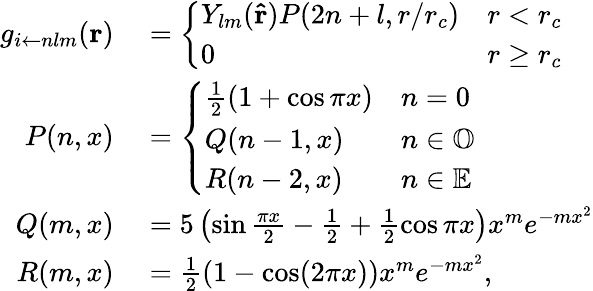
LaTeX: \begin{array}{rl}{g_{i\leftarrow nlm}(\mathbf{r})}&{{}=\left\{ \begin{array}{ll}{Y_{lm}(\mathbf{\hat{r}})P(2n+l,r/r_{c})}&{r<r_{c}}\\ {0}&{r\ge r_{c}}\end{array}\right.}\\ {P(n,x)}&{{}=\left\{ \begin{array}{ll}{\frac{1}{2}(1+\cos\pi x)}&{n=0}\\ {Q(n-1,x)}&{n\in\mathbb{O}}\\ {R(n-2,x)}&{n\in\mathbb{E}}\end{array}\right.}\\ {Q(m,x)}&{{}=5\left(\sin\frac{\pi x}{2}-\frac{1}{2}+\frac{1}{2}\cos\pi x\right)x^{m}e^{-mx^{2}}}\\ {R(m,x)}&{{}=\frac{1}{2}\left(1-\cos(2\pi x)\right)x^{m}e^{-mx^{2}},}\end{array}